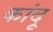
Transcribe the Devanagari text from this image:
कांदू